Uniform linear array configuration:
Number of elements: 32
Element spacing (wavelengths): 0.5
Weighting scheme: hamming
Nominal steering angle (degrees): -15
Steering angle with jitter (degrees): -13.433
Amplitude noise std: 0.05
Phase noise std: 0.05

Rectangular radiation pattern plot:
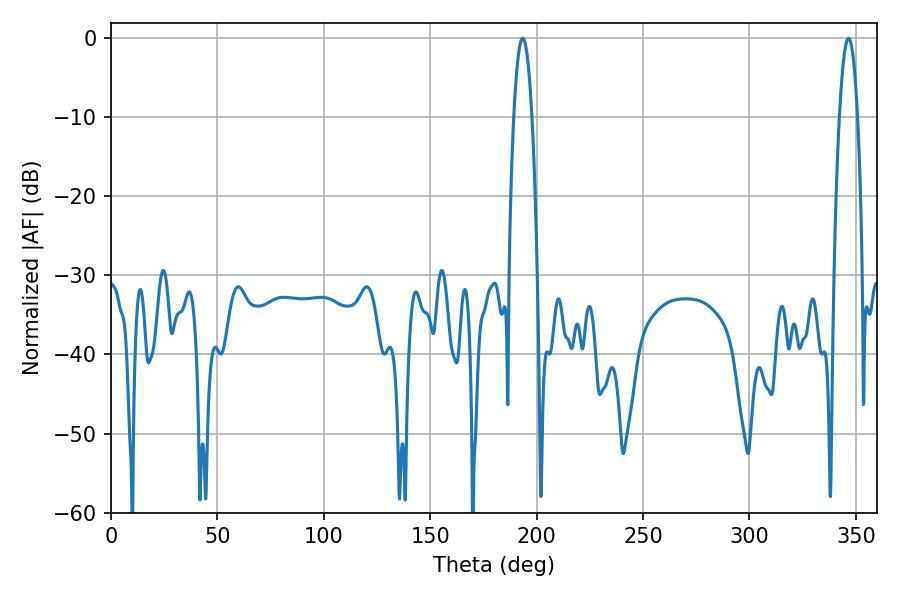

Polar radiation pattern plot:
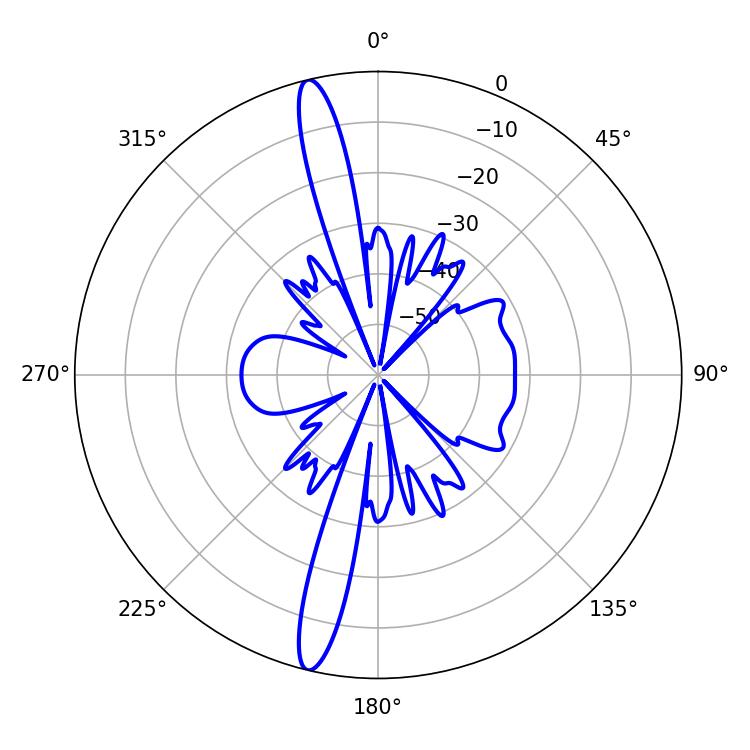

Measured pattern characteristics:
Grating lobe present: FALSE
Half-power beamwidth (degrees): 4.68
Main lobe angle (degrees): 193.5